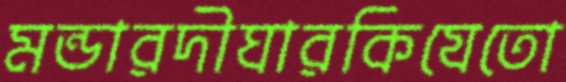
মন্ডারদীঘারকিযেতো